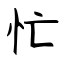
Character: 忙